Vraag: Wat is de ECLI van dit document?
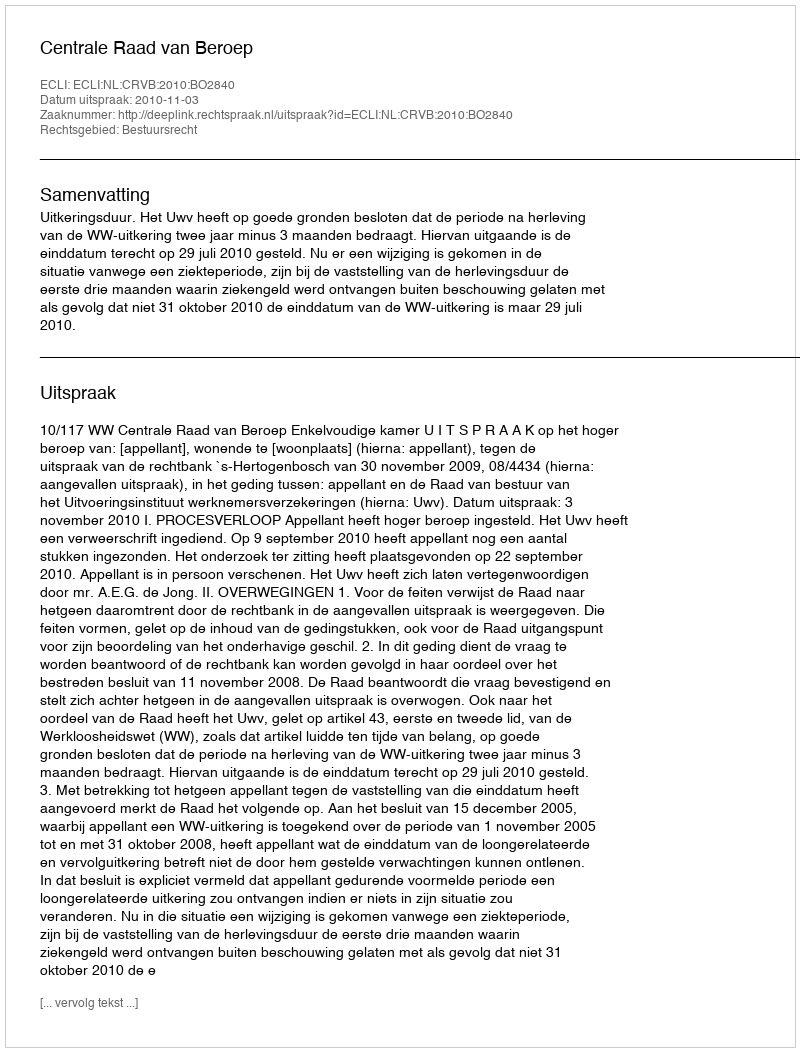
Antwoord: ECLI:NL:CRVB:2010:BO2840